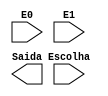
module muxdisplay(
input [7:0] E0,
input [7:0] E1,
input Escolha,
output [7:0]Saida
);


endmodule